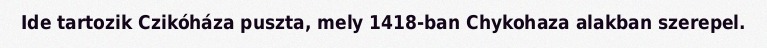
Ide tartozik Czikóháza puszta, mely 1418-ban Chykohaza alakban szerepel.